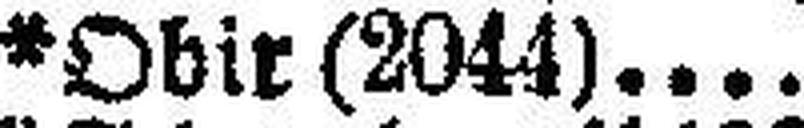
*Obir (2044)